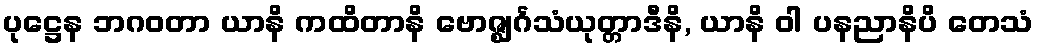
ပုဋ္ဌေန ဘဂဝတာ ယာနိ ကထိတာနိ ဗောဇ္ဈင်္ဂသံယုတ္တာဒီနိ, ယာနိ ဝါ ပနညာနိပိ တေသံ